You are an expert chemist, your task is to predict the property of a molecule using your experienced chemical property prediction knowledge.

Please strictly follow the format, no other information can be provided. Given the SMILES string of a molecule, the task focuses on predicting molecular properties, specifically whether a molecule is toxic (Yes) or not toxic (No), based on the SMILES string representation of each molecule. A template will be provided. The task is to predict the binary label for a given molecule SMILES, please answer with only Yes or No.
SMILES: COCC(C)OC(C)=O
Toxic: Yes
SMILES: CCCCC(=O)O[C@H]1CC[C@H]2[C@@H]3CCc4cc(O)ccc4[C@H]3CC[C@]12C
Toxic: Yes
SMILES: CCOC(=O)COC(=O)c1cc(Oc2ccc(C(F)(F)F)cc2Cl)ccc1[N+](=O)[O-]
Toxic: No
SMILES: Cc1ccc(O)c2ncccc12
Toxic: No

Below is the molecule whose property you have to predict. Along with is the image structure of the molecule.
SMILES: C[NH+](C)CCC(c1ccc(Cl)cc1)c1ccccn1
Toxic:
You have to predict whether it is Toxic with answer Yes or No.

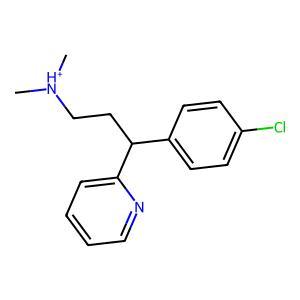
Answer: No